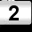
Digit: 2